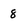
Character: 8